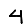
Digit: 4